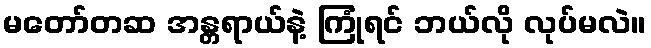
မတော်တဆ အန္တရာယ်နဲ့ ကြုံရင် ဘယ်လို လုပ်မလဲ။